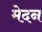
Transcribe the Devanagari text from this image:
मेदन